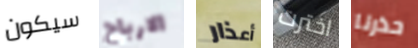
سيكون الارباح أعذار اخترت حذرنا